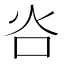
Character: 𬉸